Civil Veterinary Dept. Assam report 1927-50 - 1927-1950
Year: 1927
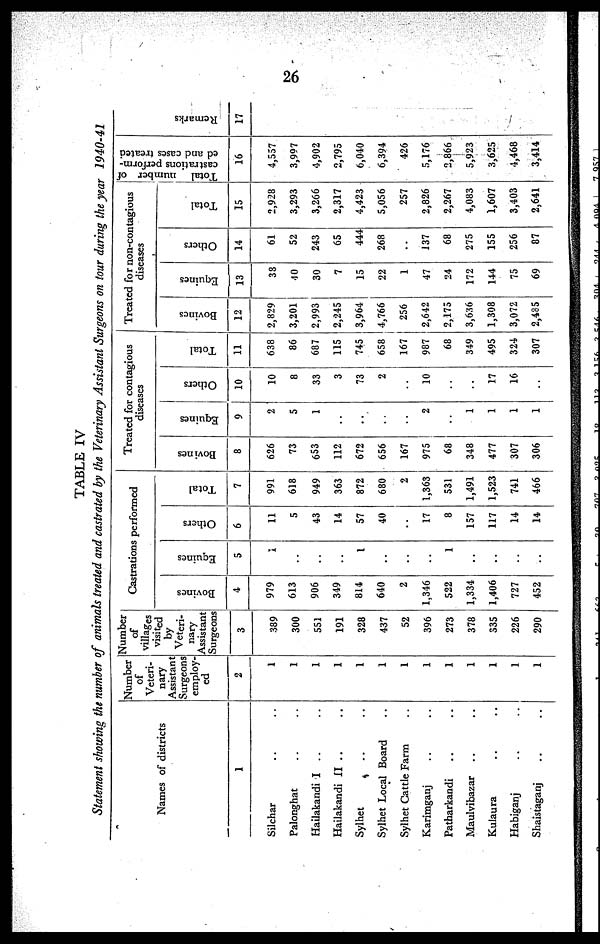
26
TABLE IV
Statement showing the number of animals treated and castrated by the Veterinary Assistant Surgeons on tour during the year 1940-41
Names of districts
1
Silchar .. ..
Palonghat .. ..
Hailakandi I .. ..
Hailakandi II .. ..
Sylhet .. ..
Sylhet Local Board ..
Sylhet Cattle Farm ..
Karimganj .. ..
Patharkandi .. ..
Maulvibazar .. ..
Kulaura .. ..
Habiganj .. ..
Shaistaganj .. ..
Number
of
Veteri-
nary
Assistant
Surgeons
employ-
ed
2
1
1
1
1
1
1
1
1
1
1
1
1
1
Number
of
villages
visited
by
Veteri-
nary
Assistant
Surgeons
3
389
300
551
191
328
437
52
396
273
378
335
226
290
Castrations performed
Bovines
4
979
613
906
349
814
640
2
1,346
522
1,334
1,406
727
452
Equines
5
1
..
..
..
1
..
..
..
1
..
..
..
..
Others
6
11
5
43
14
57
40
..
17
8
157
117
14
14
Total
7
991
618
949
363
872
680
2
1,363
531
1,491
1,523
741
466
Treated for contagious
diseases
Bovines
8
626
73
653
112
672
656
167
975
68
348
477
307
306
Equines
9
2
5
1
..
..
..
..
2
..
1
1
1
1
Others
10
10
8
33
3
73
2
..
10
..
..
17
16
..
Total
11
638
86
687
115
745
658
167
987
68
349
495
324
307
Treated for non-contagious
diseases
Bovines
12
2,829
3,201
2,993
2,245
3,964
4,766
256
2,642
2,175
3,636
1,308
3,072
2,435
Equines
13
38
40
30
7
15
22
1
47
24
172
144
75
69
Others
14
61
52
243
65
444
268
..
137
68
275
155
256
87
Total
15
2,928
3,293
3,266
2,317
4,423
5,056
257
2,826
2,267
4,083
1,607
3,403
2,641
Total number of
castrations perform-
ed and cases treated
16
4,557
3,997
4,902
2,795
6,040
6,394
426
5,176
2,866
5,923
3,625
4,468
3,414
Remarks
17